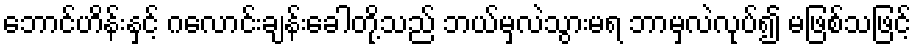
ဘောင်ဟိန်းနှင့် ဂလောင်းချန်းခေါတို့သည် ဘယ်မှလဲသွားမရ ဘာမှလဲလုပ်၍ မဖြစ်သဖြင့်